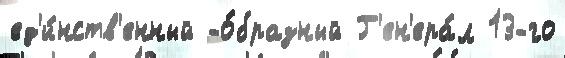
ед'и́нств'енный -о́бразный Г'ен'ера́л 13-го